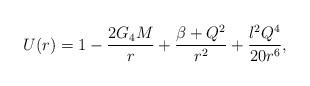
LaTeX: \begin{align*}U(r) = 1 - \frac{2G_4 M}{r} + \frac{\beta + Q^2}{r^2}+ \frac{l^2 Q^4}{20 r^6},\end{align*}